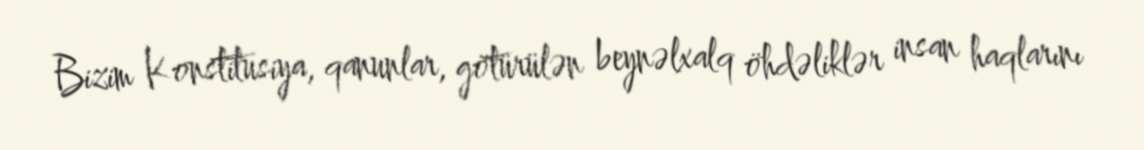
Bizim Konstitusiya, qanunlar, götürülən beynəlxalq öhdəliklər insan haqlarını